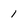
Character: 1